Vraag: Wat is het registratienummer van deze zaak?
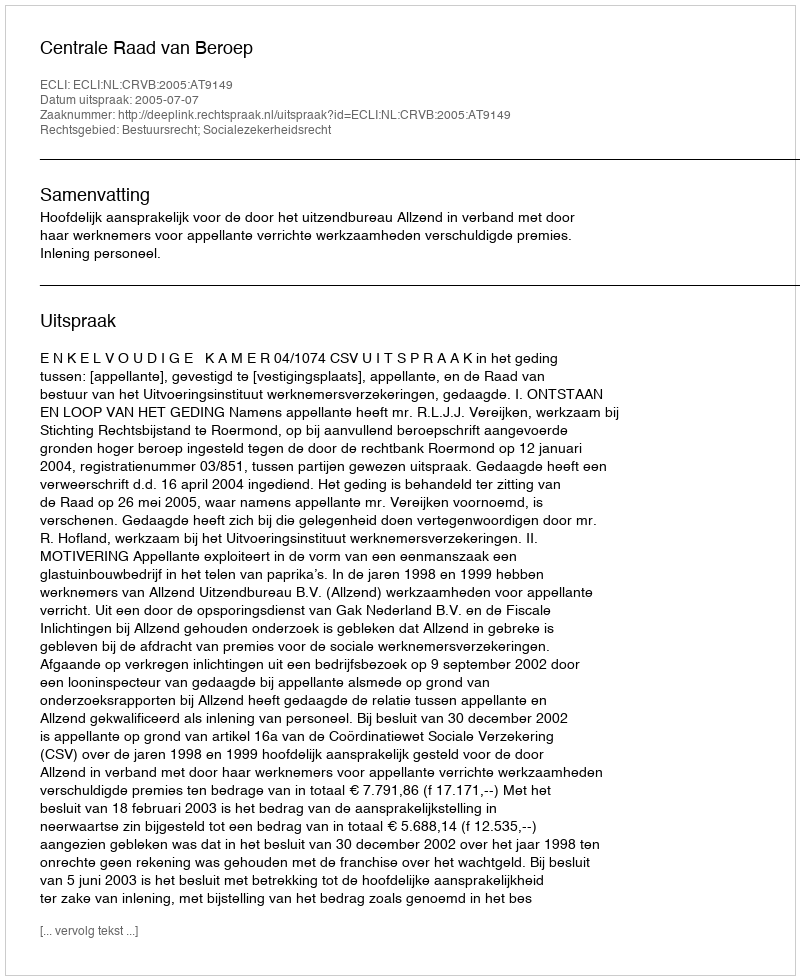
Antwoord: http://deeplink.rechtspraak.nl/uitspraak?id=ECLI:NL:CRVB:2005:AT9149